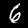
Digit: 6